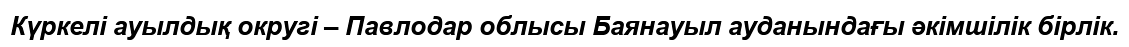
Күркелі ауылдық округі – Павлодар облысы Баянауыл ауданындағы әкімшілік бірлік.